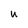
Character: U